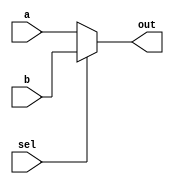
module Mux2x1 (
    input sel,
    input [23:0] a,
    input[23:0] b,
    output reg [23:0] out
);
  always @(*) begin
    if (sel)
      out <= b;
    else 
      out <= a;
  end 
endmodule
module Mux4x1 (
    input [1:0] sel,
    input [23:0] a,
    input[23:0] b,
    input[23:0] c,
    input [23:0] d,
    output reg [23:0] out
);
  always @(*) begin
    case (sel)
      2'b00:out<=a;
      2'b01:out<=b;
      2'b10:out<=c;
      2'b11:out<=d;
    endcase
  end
endmodule